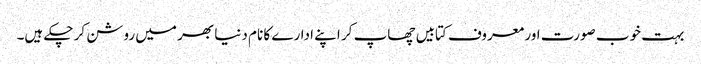
بہت خوب صورت اور معروف کتابیں چھاپ کر اپنے ادارے کا نام دنیا بھر میں روشن کر چکے ہیں۔